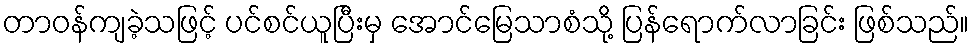
တာဝန်ကျခဲ့သဖြင့် ပင်စင်ယူပြီးမှ အောင်မြေသာစံသို့ ပြန်ရောက်လာခြင်း ဖြစ်သည်။